Indian journal of veterinary science and animal husbandry - Volume 3,
Year: 1933
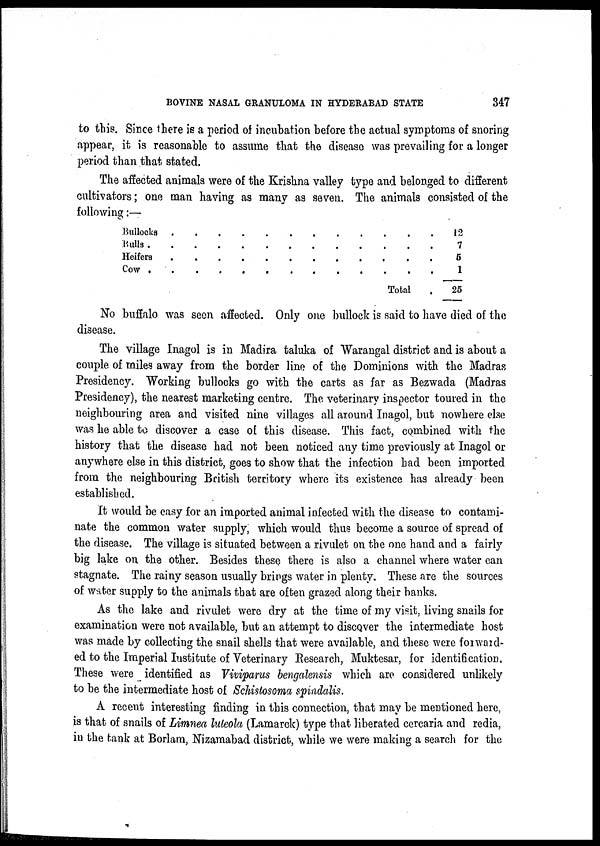
BOVINE NASAL GRANULOMA IN HYDERABAD STATE
347
to this. Since there is a period of incubation before the actual symptoms of snoring
appear, it is reasonable to assume that the disease was prevailing for a longer
period than that stated.
The affected animals were of the Krishna valley type and belonged to different
cultivators; one man having as many as seven. The animals consisted of the
following:—
Bullocks...........
Bulls
......
Heifers...........
Cow...........
Total .
12
7
5
1
25
No buffalo was seen affected. Only one bullock is said to have died of the
disease.
The village Inagol is in Madira taluka of Warangal district and is about a
couple of miles away from the border line of the Dominions with the Madras
Presidency. Working bullocks go with the carts as far as Bezwada (Madras
Presidency), the nearest marketing centre. The veterinary inspector toured in the
neighbouring area and visited nine villages all around Inagol, but nowhere else
was he able to discover a case of this disease. This fact, combined with the
history that the disease had not been noticed any time previously at Inagol or
anywhere else in this district, goes to show that the infection had been imported
from the neighbouring British territory where its existence has already been
established.
It would be easy for an imported animal infected with the disease to contami-
nate the common water supply, which would thus become a source of spread of
the disease. The village is situated between a rivulet on the one hand and a fairly
big lake on the other. Besides these there is also a channel where water can
stagnate. The rainy season usually brings water in plenty. These are the sources
of water supply to the animals that are often grazed along their banks.
As the lake and rivulet were dry at the time of my visit, living snails for
examination were not available, but an attempt to discover the intermediate host
was made by collecting the snail shells that were available, and these were forward¬
ed to the Imperial Institute of Veterinary Research, Muktesar, for identification.
These were identified as Viviparus bengalensis which are considered unlikely
to be the intermediate host of Schistosoma spindalis.
A recent interesting finding in this connection, that may be mentioned here.
is that of snails of Limnea luteola (Lamarck) type that liberated cercaria and redia,
in the tank at Borlam, Nizamabad district, while we were making a search for the